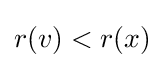
r(v)<r(x)